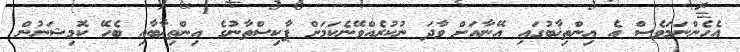
އެހެންނަމަވެސް އެ އިންތިޚާބުގައި އޭނާއަށް ވާދަ ނުކުރެއްވޭނެކަމަށް ޕާކިސްތާނުގެ އިންތިޚާބާއި ބެހޭ ކޮމިޝަނުން